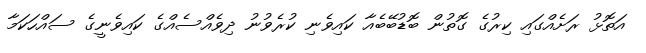
އަތޮޅު ރަށެއްގައި ކިރުގެ ގޮތުން ބޮޑުބޭބެއާ ކައިވެނި ކުރެވުނު ދިވެއްސެއްގެ ކައިވެނީގެ ސައްހަކަމާ